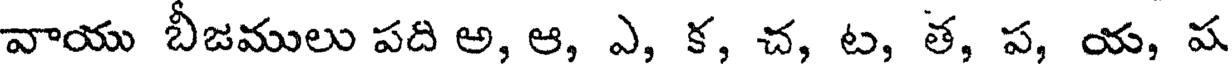
వాయు బీజములు పది అ, ఆ, ఎ, క, చ, ట, త, ప, య, ష